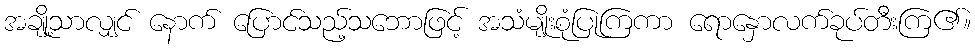
အချို့သာလျှင် နောက် ပြောင်သည့်သဘောဖြင့် အသံမျိုးစုံပြုကြကာ ရောနှောလက်ခုပ်တီးကြ၏။